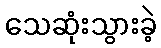
သေဆုံးသွားခဲ့